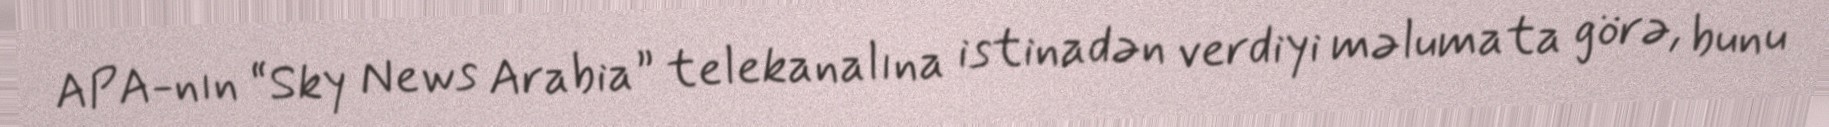
APA-nın “Sky News Arabia” telekanalına istinadən verdiyi məlumata görə, bunu